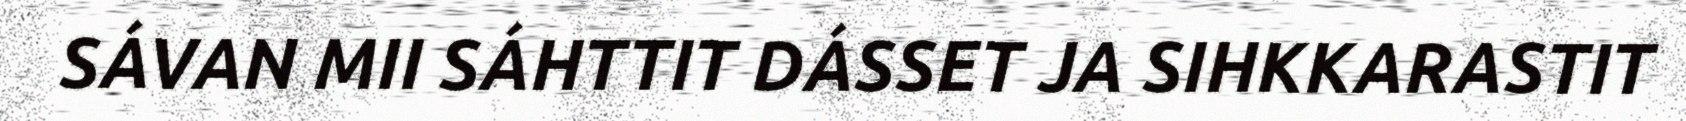
SÁVAN MII SÁHTTIT DÁSSET JA SIHKKARASTIT